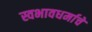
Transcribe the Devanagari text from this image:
स्वभावधर्माचे